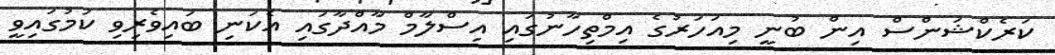
ކަރެކްޝަންސް އިން ބުނީ މިއަހަރުގެ އިމްތިހާނުގައި އިސްލާމް މާއްދާގައި އެކަނި ބައިވެރިވި ކަމުގައިވީ